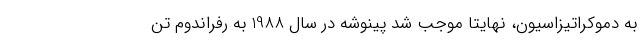
به دموکراتیزاسیون، نهایتا موجب شد پینوشه در سال 1988 به رفراندوم تن